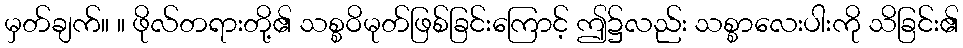
မှတ်ချက်။ ။ ဖိုလ်တရားတို့၏ သစ္စဝိမုတ်ဖြစ်ခြင်းကြောင့် ဤ၌လည်း သစ္စာလေးပါးကို သိခြင်း၏